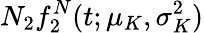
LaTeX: N_{2}f_{2}^{N}(t;\mu_{K},\sigma_{K}^{2})